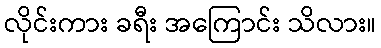
လိုင်းကား ခရီး အကြောင်း သိလား။